Annual report of the Punjab Veterinary College and of the Civil Veterinary Department, Punjab - 1894-1908
Year: 1894
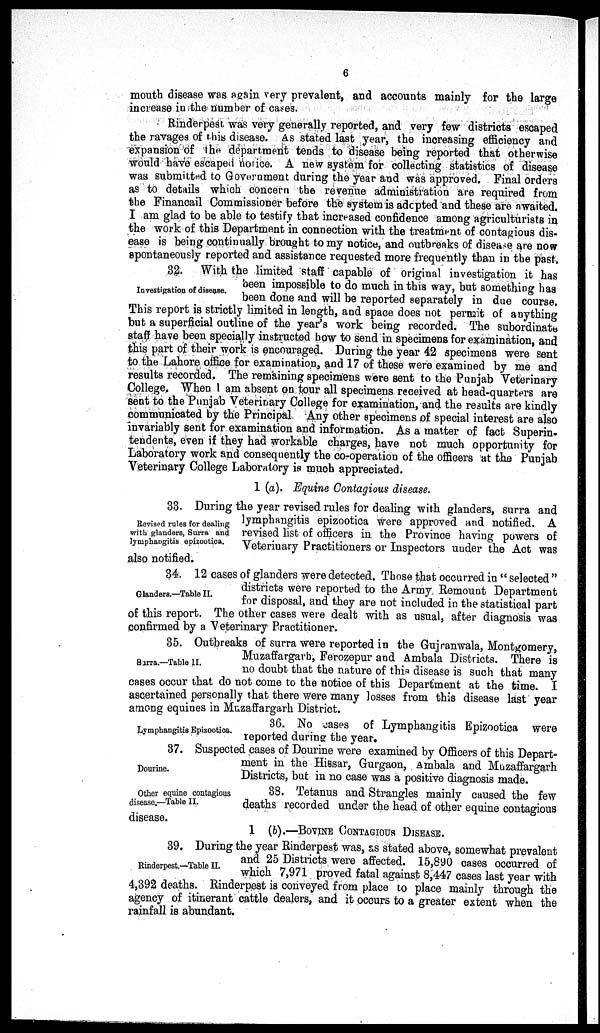
6
mouth disease was again very prevalent, and accounts mainly for the large
increase in the number of cases.
Rinderpest was very generally reported, and very few districts escaped
the ravages of this disease. As stated last year, the increasing efficiency and
expansion of the department tends to disease being reported that otherwise
would have escaped notice. A new system for collecting statistics of disease
was submitted to Government during the year and was approved. Final orders
as to details which concern the revenue administration are required from
the Financail Commissioner before the system is adopted and these are awaited.
I am glad to be able to testify that increased confidence among agriculturists in
the work of this Department in connection with the treatment of contagious dis-
ease is being continually brought to my notice, and outbreaks of disease are now
spontaneously reported and assistance requested more frequently than in the past.
Investigation of disease.
32. With the limited staff capable of original investigation it has
been impossible to do much in this way, but something has
been done and will be reported separately in due course.
This report is strictly limited in length, and space does not permit of anything
but a superficial outline of the year's work being recorded. The subordinate
staff have been specially instructed how to send in specimens for examination, and
this part of their work is encouraged. During the year 42 specimens were sent
to the Lahore office for examination, and 17 of these were examined by me and
results recorded. The remaining specimens were sent to the Punjab Veterinary
College. When I am absent on tour all specimens received at head-quarters are
sent to the Punjab Veterinary College for examination, and the results are kindly
communicated by the Principal Any other specimens of special interest are also
invariably sent for examination and information. As a matter of fact Superin-
tendents, even if they had workable charges, have not much opportunity for
Laboratory work and consequently the co-operation of the officers at the Punjab
Veterinary College Laboratory is much appreciated.
1 (a). Equine Contagious disease.
Revised rules for dealing
with glanders, Surra and
lymphangitis epizootica.
33. During the year revised rules for dealing with glanders, surra and
lymphangitis epizootica were approved and notified. A
revised list of officers in the Province having powers of
Veterinary Practitioners or Inspectors under the Act was
also notified.
Glanders.—Table II.
34. 12 cases of glanders were detected. Those that occurred in "selected"
districts were reported to the Army Remount Department
for disposal, and they are not included in the statistical part
of this report. The other cases were dealt with as usual, after diagnosis was
confirmed by a Veterinary Practitioner.
Sarra.—Table II.
35. Outbreaks of surra were reported in the Gujranwala, Montgomery,
Muzaffargarh, Ferozepur and Ambala Districts. There is
no doubt that the nature of this disease is such that many
cases occur that do not come to the notice of this Department at the time. I
ascertained personally that there were many losses from this disease last year
among equines in Muzaffargarh District.
Lymphangitis Epizootica.
36. No cases of Lymphangitis Epizootica were
reported during the year.
Dourine.
37. Suspected cases of Dourine were examined by Officers of this Depart-
ment in the Hissar, Gurgaon, Ambala and Muzaffargarh
Districts, but in no case was a positive diagnosis made.
Other equine contagious
disease.—Table II.
38. Tetanus and Strangles mainly caused the few
deaths recorded under the head of other equine contagious
disease.
1 (b).—BOVINE CONTAGIOUS DISEASE.
Rinderpest.—Table II.
39. During the year Rinderpest was, as stated above, somewhat prevalent
and 25 Districts were affected. 15,890 cases occurred of
which 7,971 proved fatal against 8,447 cases last year with
4,392 deaths. Rinderpest is conveyed from place to place mainly through the
agency of itinerant cattle dealers, and it occurs to a greater extent when the
rainfall is abundant.